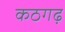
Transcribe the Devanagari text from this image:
कठगढ़